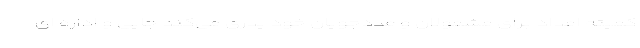
کمیته امداد برای مشمولان و مددجویان خود پدری می‌کند جایی و اداره ای